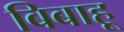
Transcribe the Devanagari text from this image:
बिबाहू